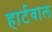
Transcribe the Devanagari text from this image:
हार्टवाल